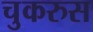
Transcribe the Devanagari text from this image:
चुकरुस